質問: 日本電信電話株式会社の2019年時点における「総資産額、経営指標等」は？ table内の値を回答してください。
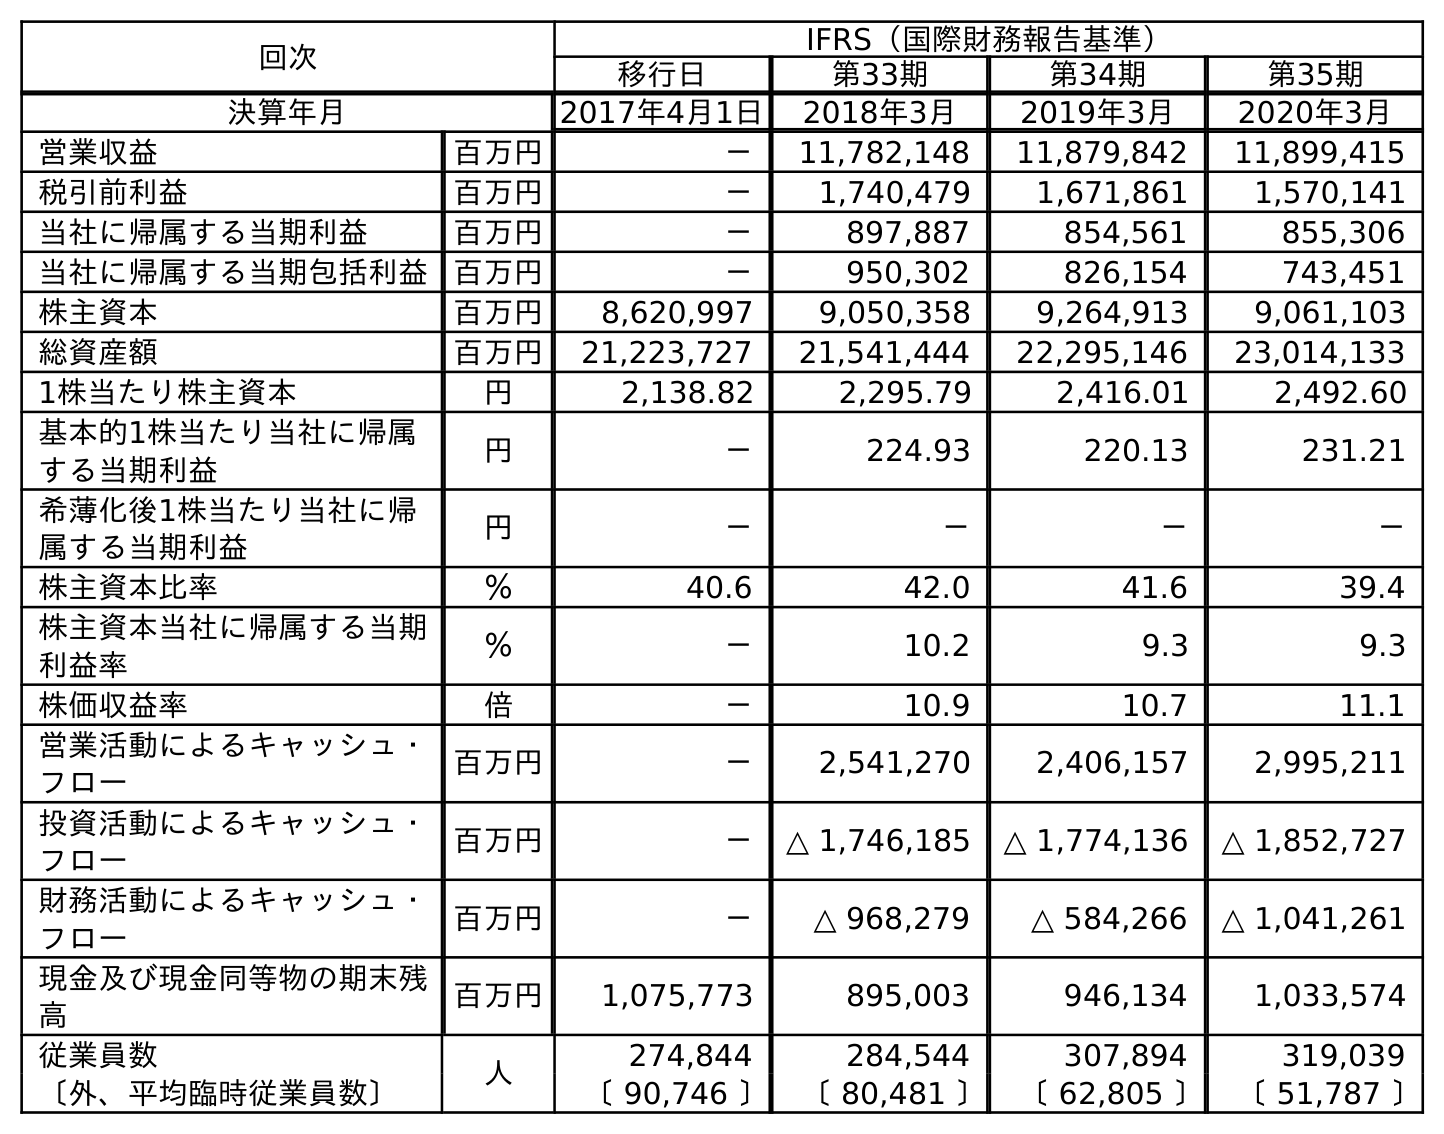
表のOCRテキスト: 回次 IFRS（国際財務報告基準） 移行日 第33期 第34期 第35期 決算年月 2017年4月1日 2018年3月 2019年3月 2020年3月 営業収益 百万円 － 11,782,148 11,879,842 11,899,415 税引前利益 百万円 － 1,740,479 1,671,861 1,570,141 当社に帰属する当期利益 百万円 － 897,887 854,561 855,306 当社に帰属する当期包括利益 百万円 － 950,302 826,154 743,451 株主資本 百万円 8,620,997 9,050,358 9,264,913 9,061,103 総資産額 百万円 21,223,727 21,541,444 22,295,146 23,014,133 1株当たり株主資本 円 2,138.82 2,295.79 2,416.01 2,492.60 基本的1株当たり当社に帰属 する当期利益 円 － 224.93 220.13 231.21 希薄化後1株当たり当社に帰 属する当期利益 円 － － － － 株主資本比率 ％ 40.6 42.0 41.6 39.4 株主資本当社に帰属する当期 利益率 ％ － 10.2 9.3 9.3 株価収益率 倍 － 10.9 10.7 11.1 営業活動によるキャッシュ・ フロー 百万円 － 2,541,270 2,406,157 2,995,211 投資活動によるキャッシュ・ フロー 百万円 － △ 1,746,185 △ 1,774,136 △ 1,852,727 財務活動によるキャッシュ・ フロー 百万円 － △ 968,279 △ 584,266 △ 1,041,261 現金及び現金同等物の期末残 高 百万円 1,075,773 895,003 946,134 1,033,574 従業員数 人 274,844 284,544 307,894 319,039 〔外、平均臨時従業員数〕 〔 90,746 〕 〔 80,481 〕 〔 62,805 〕 〔 51,787 〕
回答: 22,295,146